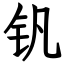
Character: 钒